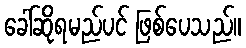
ခေါ်ဆိုရမည်ပင် ဖြစ်ပေသည်။